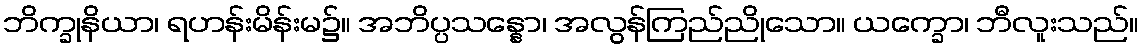
ဘိက္ခုနိယာ၊ ရဟန်းမိန်းမ၌။ အဘိပ္ပသန္နော၊ အလွန်ကြည်ညိုသော။ ယက္ခော၊ ဘီလူးသည်။